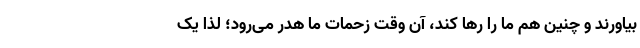
بیاورند و چنین هم ما را رها کند، آن وقت زحمات ما هدر می‌رود؛ لذا یک